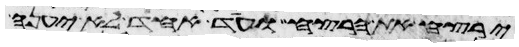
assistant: ירצח את הרצח ועד אחד לא יענה